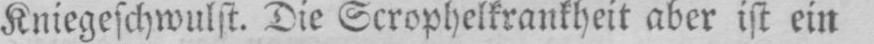
Kniegeschwulst. Die Scrophelkrankheit aber ist ein